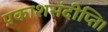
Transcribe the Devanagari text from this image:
प्रकाशसंदीप्ति।